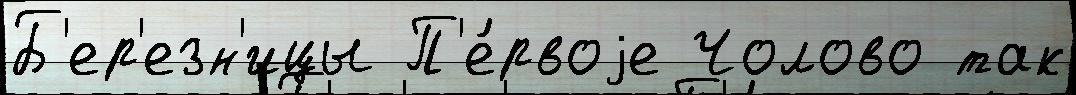
Б'ер'езн'ицы П'е́рвоjе Чолово так